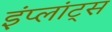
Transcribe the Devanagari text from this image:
इंप्लांट्स